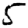
Digit: 5